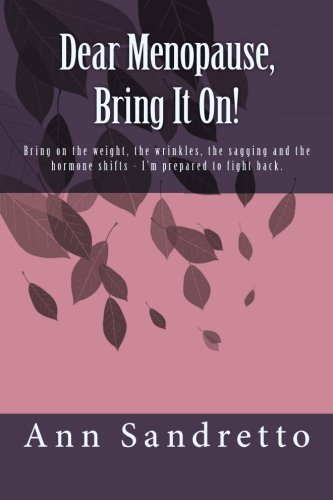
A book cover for Dear Menopause, Bring It On!: Bring on the weight, the wrinkles, the sagging and the hormone shifts - I'm prepared to fight back.; Ann Sandretto; Health, Fitness & Dieting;